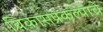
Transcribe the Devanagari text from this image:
विकासप्रकल्पाचे